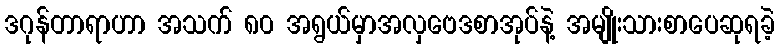
ဒဂုန်တာရာဟာ အသက် ၈၀ အရွယ်မှာအလှဗေဒစာအုပ်နဲ့ အမျိုးသားစာပေဆုရခဲ့